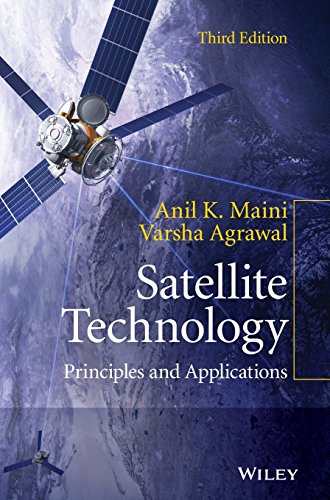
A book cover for Satellite Technology: Principles and Applications; Maini; Science & Math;